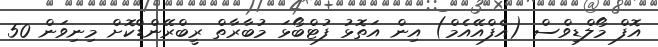
އޮފް މޯލްޑިވްސް (އެފްއޭއެމް) އިން އަތޮޅު ފުޓްބޯޅަ މުބާރާތް ރީބްރޭންޑްކޮށް މިނިވަން 50